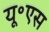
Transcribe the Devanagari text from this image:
यू॰एस